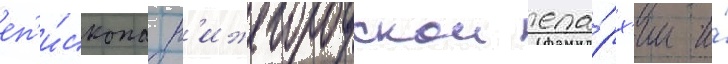
еп'и́скопа н'ижегородскои епа́рх'ии и́